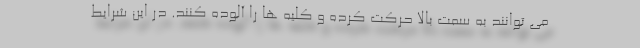
می توانند به سمت بالا حرکت کرده و کلیه ها را آلوده کنند. در این شرایط